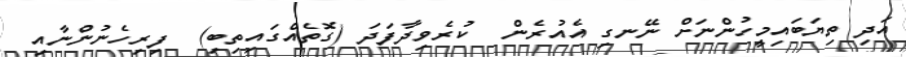
އަދި ތިޔަބައިމީހުންނަށް ނޭނގި އެއުރެން  ކުރެވިދާފަދަ (ގޮތެއްގައިތިބި)  ފިރިހެނުންނާއި